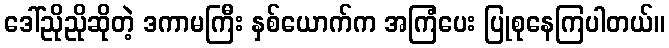
ဒေါ်ညိုညိုဆိုတဲ့ ဒကာမကြီး နှစ်ယောက်က အကြံပေး ပြုစုနေကြပါတယ်။